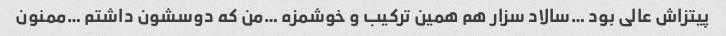
پیتزاش عالی بود …سالاد سزار هم همین ترکیب و خوشمزه …من که دوسشون داشتم …ممنون